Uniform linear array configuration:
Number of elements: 8
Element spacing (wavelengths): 1
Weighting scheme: cosine
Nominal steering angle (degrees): -60
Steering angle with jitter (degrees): -59.074
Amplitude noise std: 0.05
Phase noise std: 0.05

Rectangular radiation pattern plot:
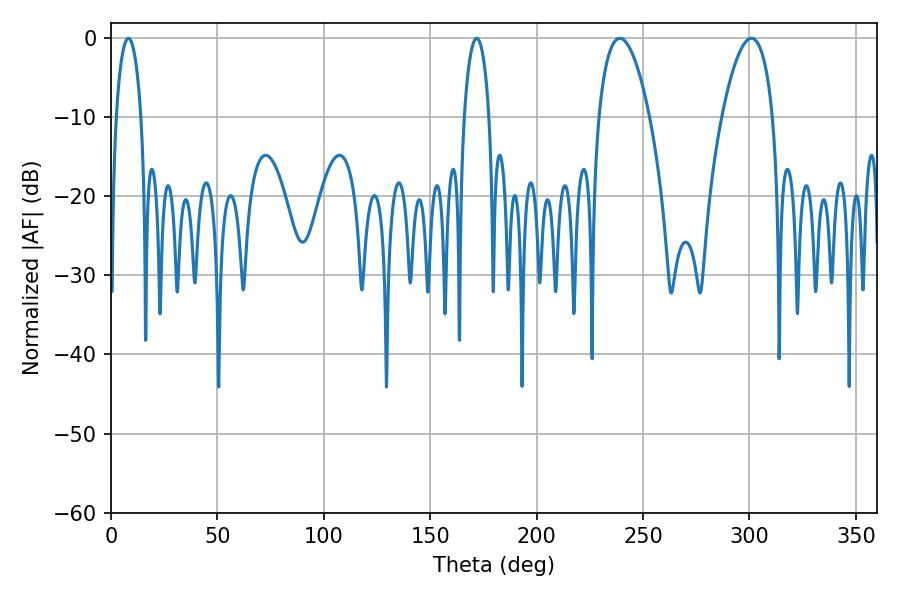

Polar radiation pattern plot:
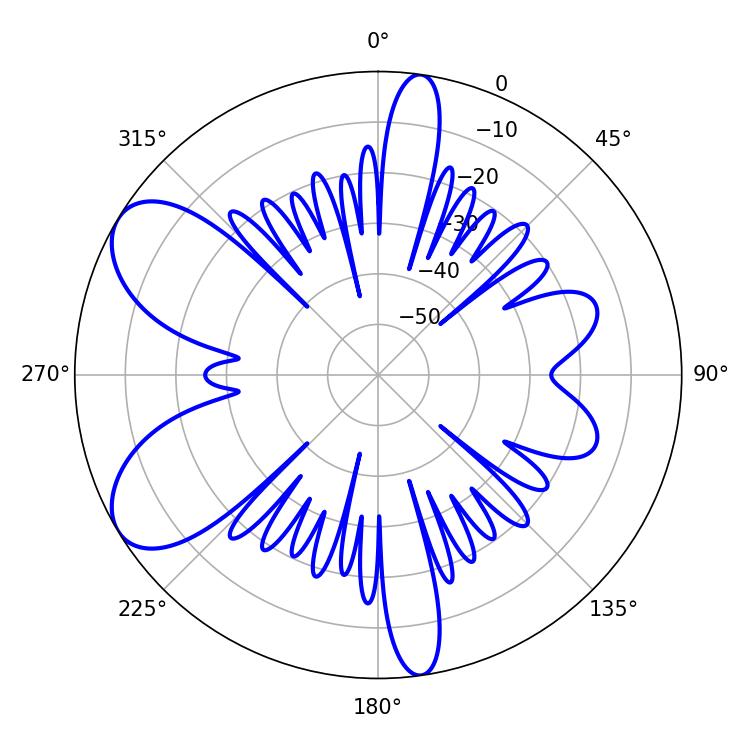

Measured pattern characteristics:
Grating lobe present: TRUE
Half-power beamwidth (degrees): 13.32
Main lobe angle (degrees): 239.04